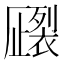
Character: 𧝦